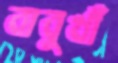
বাবুখাঁ